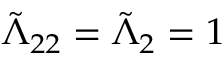
\tilde { \Lambda } _ { 2 2 } = \tilde { \Lambda } _ { 2 } = 1